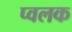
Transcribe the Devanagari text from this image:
प्वलक